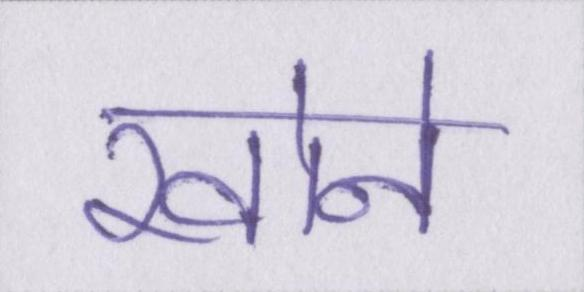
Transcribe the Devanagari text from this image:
खोने